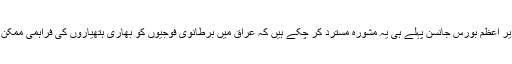
برطانوی وزیرِ اعظم بورس جانسن پہلے ہی یہ مشورہ مسترد کر چکے ہیں کہ عراق میں برطانوی فوجیوں کو بھاری ہتھیاروں کی فراہمی ممکن بنائی جائے۔